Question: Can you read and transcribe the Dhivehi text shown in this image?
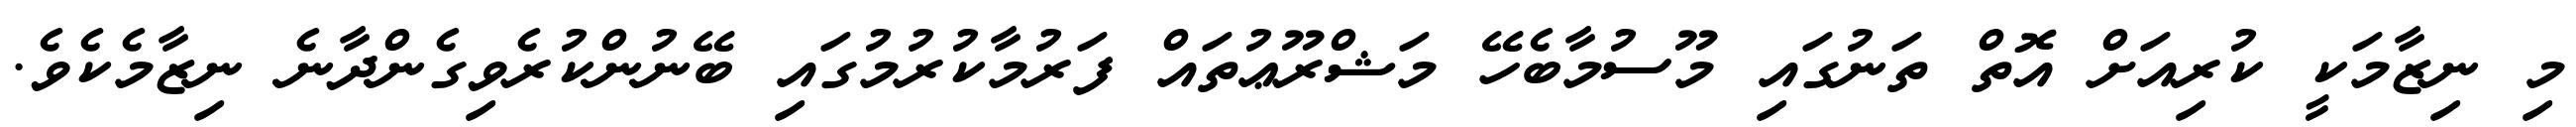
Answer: މި ނިޒާމަކީ ކުރިއަށް އޮތް ތަނުގައި މޫސުމާބެހޭ މަޝްރޫޢުތައް ފަރުމާކުރުމުގައި ބޭނުންކުރެވިގެންދާނެ ނިޒާމެކެވެ.